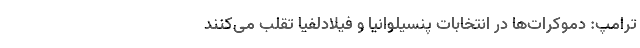
ترامپ: دموکرات‌‌ها در انتخابات پنسیلوانیا و فیلادلفیا تقلب می‌کنند